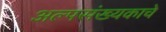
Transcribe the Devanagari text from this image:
अल्पसंख्यकाचे